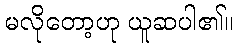
မလိုတော့ဟု ယူဆပါ၏။